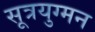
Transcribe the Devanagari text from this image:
सूत्रयुग्मन